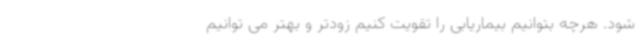
شود. هرچه بتوانیم بیماریابی را تقویت کنیم زودتر و بهتر می توانیم